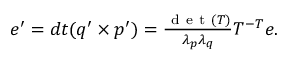
\begin{array} { r } { e ^ { \prime } = d t ( q ^ { \prime } \times p ^ { \prime } ) = \frac { \mathrm { ~ d ~ e ~ t ~ } ( T ) } { \lambda _ { p } \lambda _ { q } } T ^ { - T } e . } \end{array}